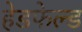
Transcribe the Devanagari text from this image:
हेडफेल्ड